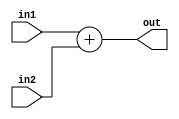
module ad (
input  [7:0] in1,
input  [7:0] in2,
output [7:0] out
);

assign out = in1 + in2 ;

endmodule